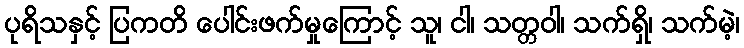
ပုရိသနှင့် ပြကတိ ပေါင်းဖက်မှုကြောင့် သူ၊ ငါ၊ သတ္တဝါ၊ သက်ရှိ၊ သက်မဲ့၊